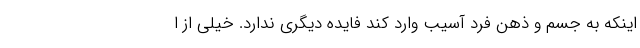
اینکه به جسم و ذهن فرد آسیب وارد کند فایده دیگری ندارد. خیلی از ا